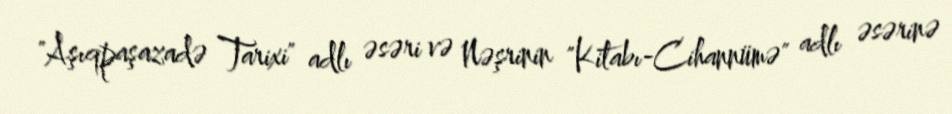
"Aşıqpaşazadə Tarixi" adlı əsəri və Nəşrinin "Kitabı-Cihannümə" adlı əsərinə